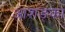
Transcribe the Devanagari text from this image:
आशङ्का